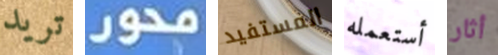
تريد محور المستفيد أستعمله أثار